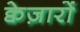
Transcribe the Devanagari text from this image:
क्वेज़ारों